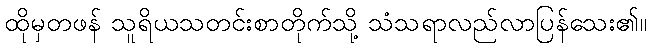
ထိုမှတဖန် သူရိယသတင်းစာတိုက်သို့ သံသရာလည်လာပြန်သေး၏။